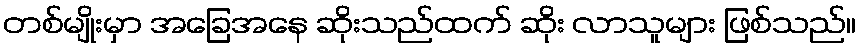
တစ်မျိုးမှာ အခြေအနေ ဆိုးသည်ထက် ဆိုး လာသူများ ဖြစ်သည်။